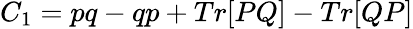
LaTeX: C_{1}=pq-qp+Tr[PQ]-Tr[QP]